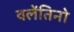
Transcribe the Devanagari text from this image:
वलेंतिनो